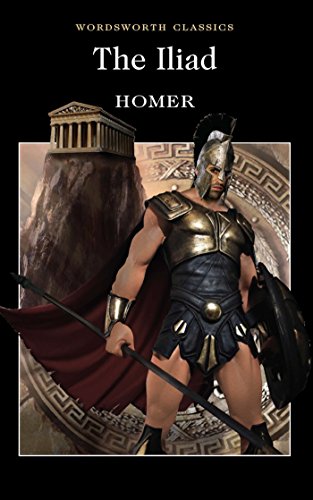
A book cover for The Iliad; Homer; Literature & Fiction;